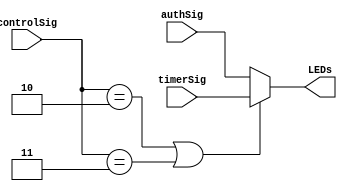
module LED_Mux(controlSig, authSig, timerSig, LEDs);
	input [2:0] controlSig;
	input [9:0] authSig, timerSig;
	output [9:0] LEDs;
	reg [9:0] LEDs;

	always @(controlSig) begin
		if (controlSig==2 || controlSig ==3)
			LEDs <= timerSig;
		else
			LEDs <= authSig;
	end

endmodule